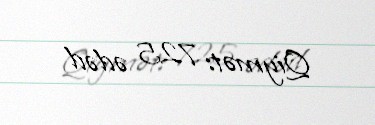
Qiymət: 725 ədəd